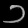
Digit: ၁